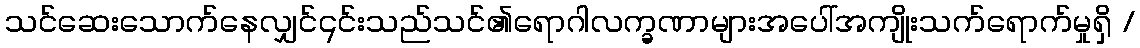
သင်ဆေးသောက်နေလျှင်၎င်းသည်သင်၏ရောဂါလက္ခဏာများအပေါ်အကျိုးသက်ရောက်မှုရှိ /